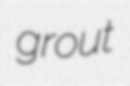
grout